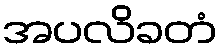
အပလိခတံ